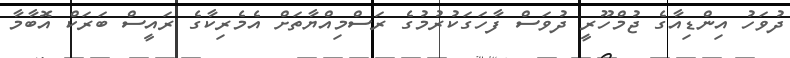
ދުވަހު އިންޑިއާގެ ޖުމްހޫރީ ދުވަސް ފާހަގަކުރުމުގެ ރަސްމިއްޔާތަށް އެމެރިކާގެ ރައީސް ބަރަކް އޮބާމާ